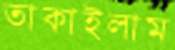
তাকাইলাম